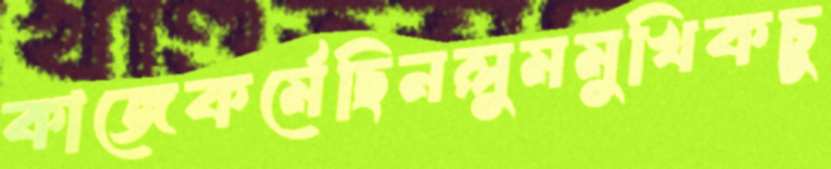
কাজেকর্মেছিনলুমমুখিকচু